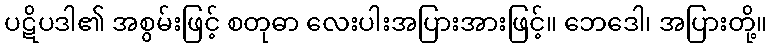
ပဋိပဒါ၏ အစွမ်းဖြင့် စတုဓာ လေးပါးအပြားအားဖြင့်။ ဘေဒေါ၊ အပြားတို့။